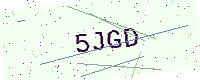
Text: 5JGD